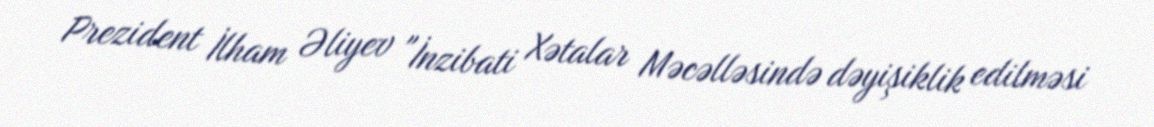
Prezident İlham Əliyev "İnzibati Xətalar Məcəlləsində dəyişiklik edilməsi